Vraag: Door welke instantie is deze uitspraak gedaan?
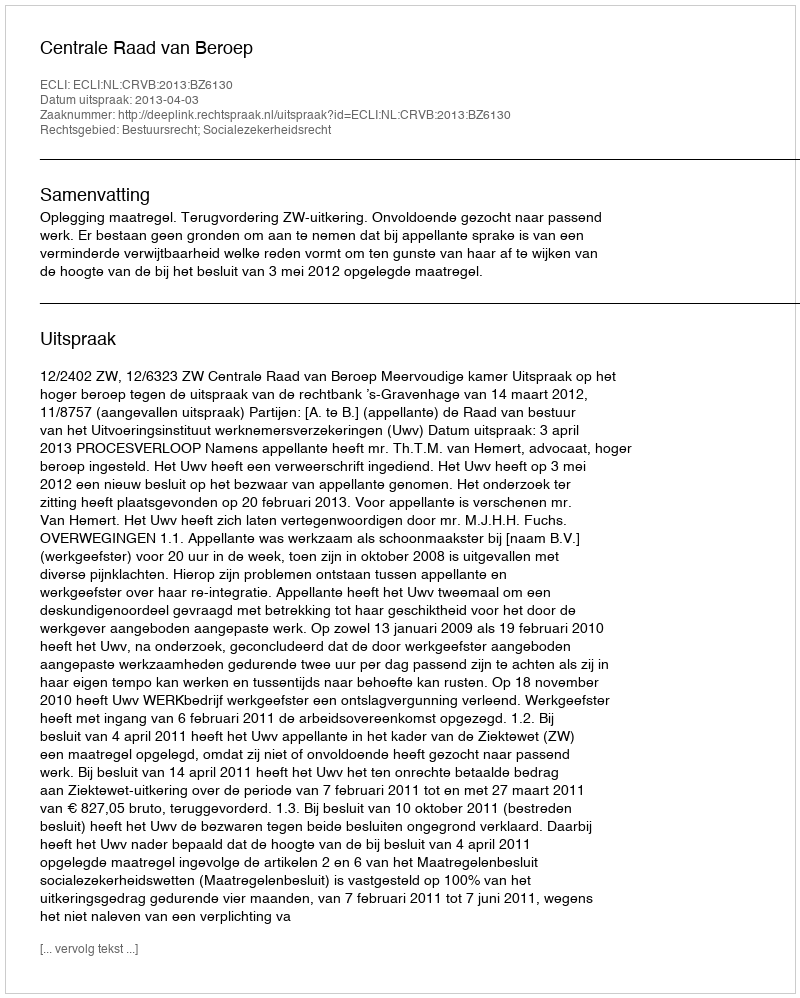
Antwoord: Centrale Raad van Beroep